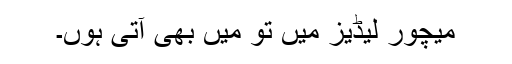
میچور لیڈیز میں تو میں بھی آتی ہوں۔